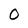
Character: 0